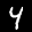
Label: 4